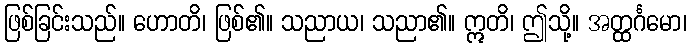
ဖြစ်ခြင်းသည်။ ဟောတိ၊ ဖြစ်၏။ သညာယ၊ သညာ၏။ ဣတိ၊ ဤသို့။ အတ္ထင်္ဂမော၊